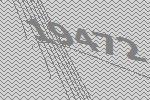
19472